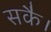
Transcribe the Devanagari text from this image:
सकै।